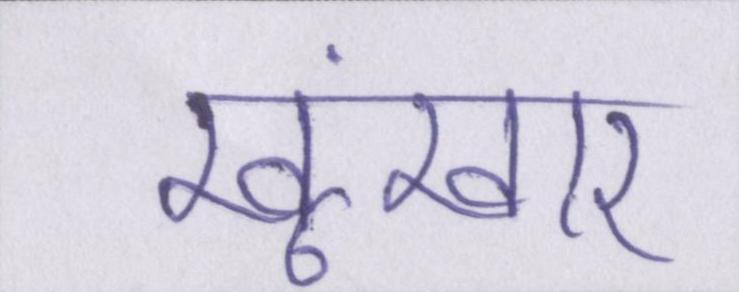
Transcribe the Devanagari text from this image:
खूंखार